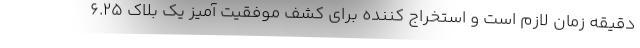
دقیقه زمان لازم است و استخراج کننده برای کشف موفقیت آمیز یک بلاک 6.25